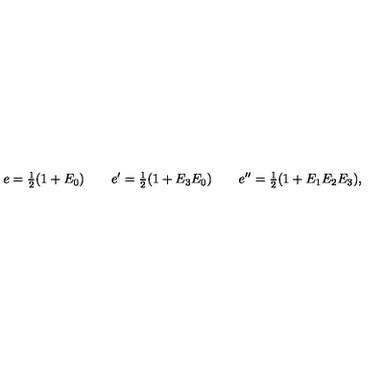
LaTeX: e = { \textstyle \frac { 1 } { 2 } } ( 1 + E _ { 0 } ) \qquad e ^ { \prime } = { \textstyle \frac { 1 } { 2 } } ( 1 + E _ { 3 } E _ { 0 } ) \qquad e ^ { \prime \prime } = { \textstyle \frac { 1 } { 2 } } ( 1 + E _ { 1 } E _ { 2 } E _ { 3 } ) ,